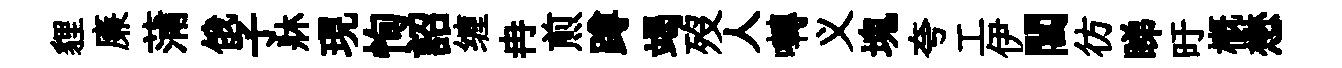
貍廉蒲俄子牀現恂詔缠冉煎蹲竭歿人囀义塊夸工伊閶彷睇旴槪懋